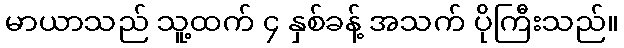
မာယာသည် သူ့ထက် ၄ နှစ်ခန့် အသက် ပိုကြီးသည်။